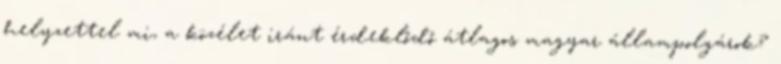
helyzettel mi, a közélet iránt érdeklődő átlagos magyar állampolgárok?